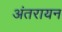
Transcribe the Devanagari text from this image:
अंतरायन